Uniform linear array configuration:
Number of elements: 12
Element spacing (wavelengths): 0.25
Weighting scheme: exponential
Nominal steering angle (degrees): -60
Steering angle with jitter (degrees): -59.818
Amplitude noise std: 0.05
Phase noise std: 0.05

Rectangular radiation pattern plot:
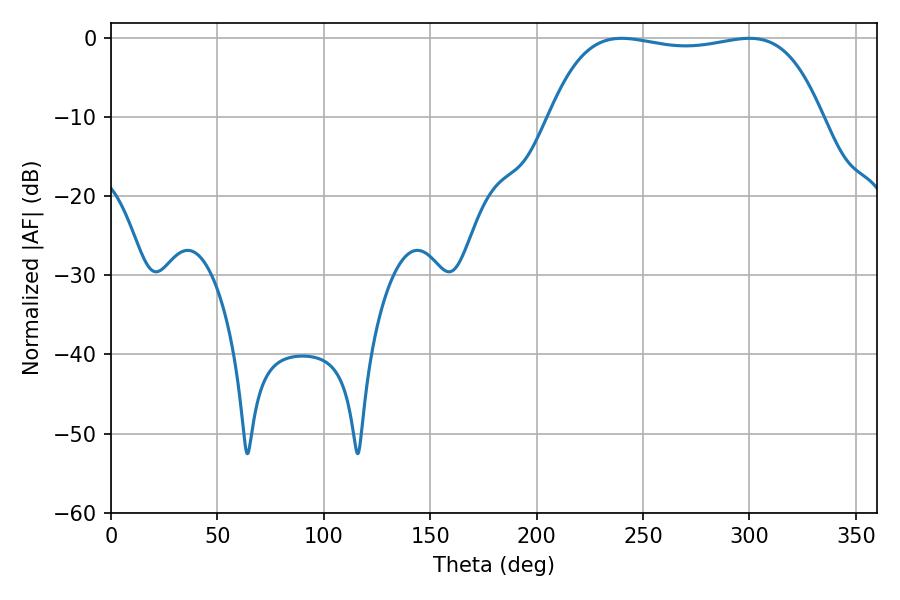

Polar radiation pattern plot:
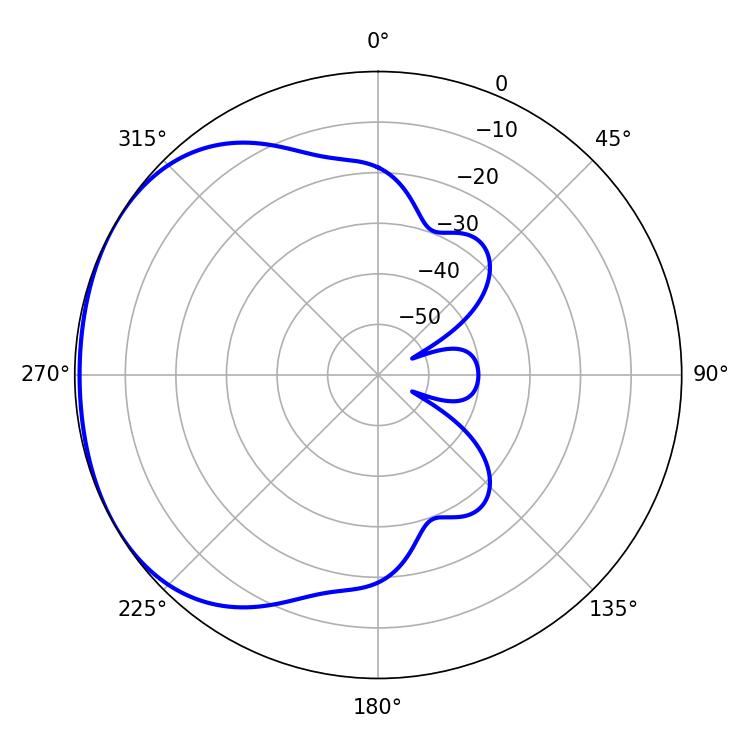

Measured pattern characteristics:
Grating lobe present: FALSE
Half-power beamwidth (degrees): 101.88
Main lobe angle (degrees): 239.94